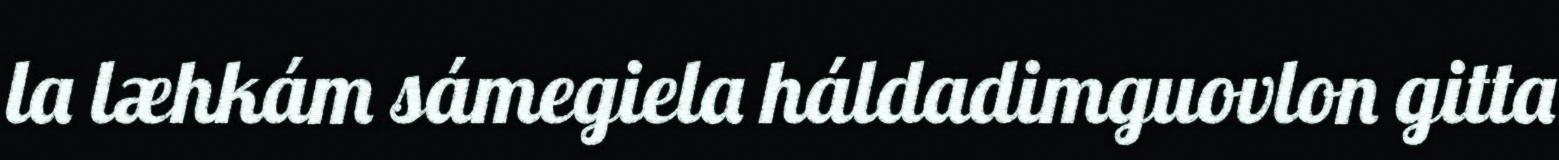
la læhkám sámegiela háldadimguovlon gitta